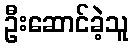
ဦးဆောင်ခဲ့သူ